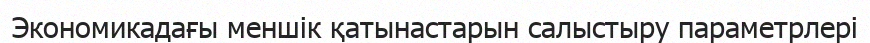
Экономикадағы меншік қатынастарын салыстыру параметрлері